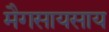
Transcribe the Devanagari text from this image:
मैगसायसाय